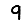
Digit: 9